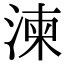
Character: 湅